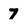
Character: 7